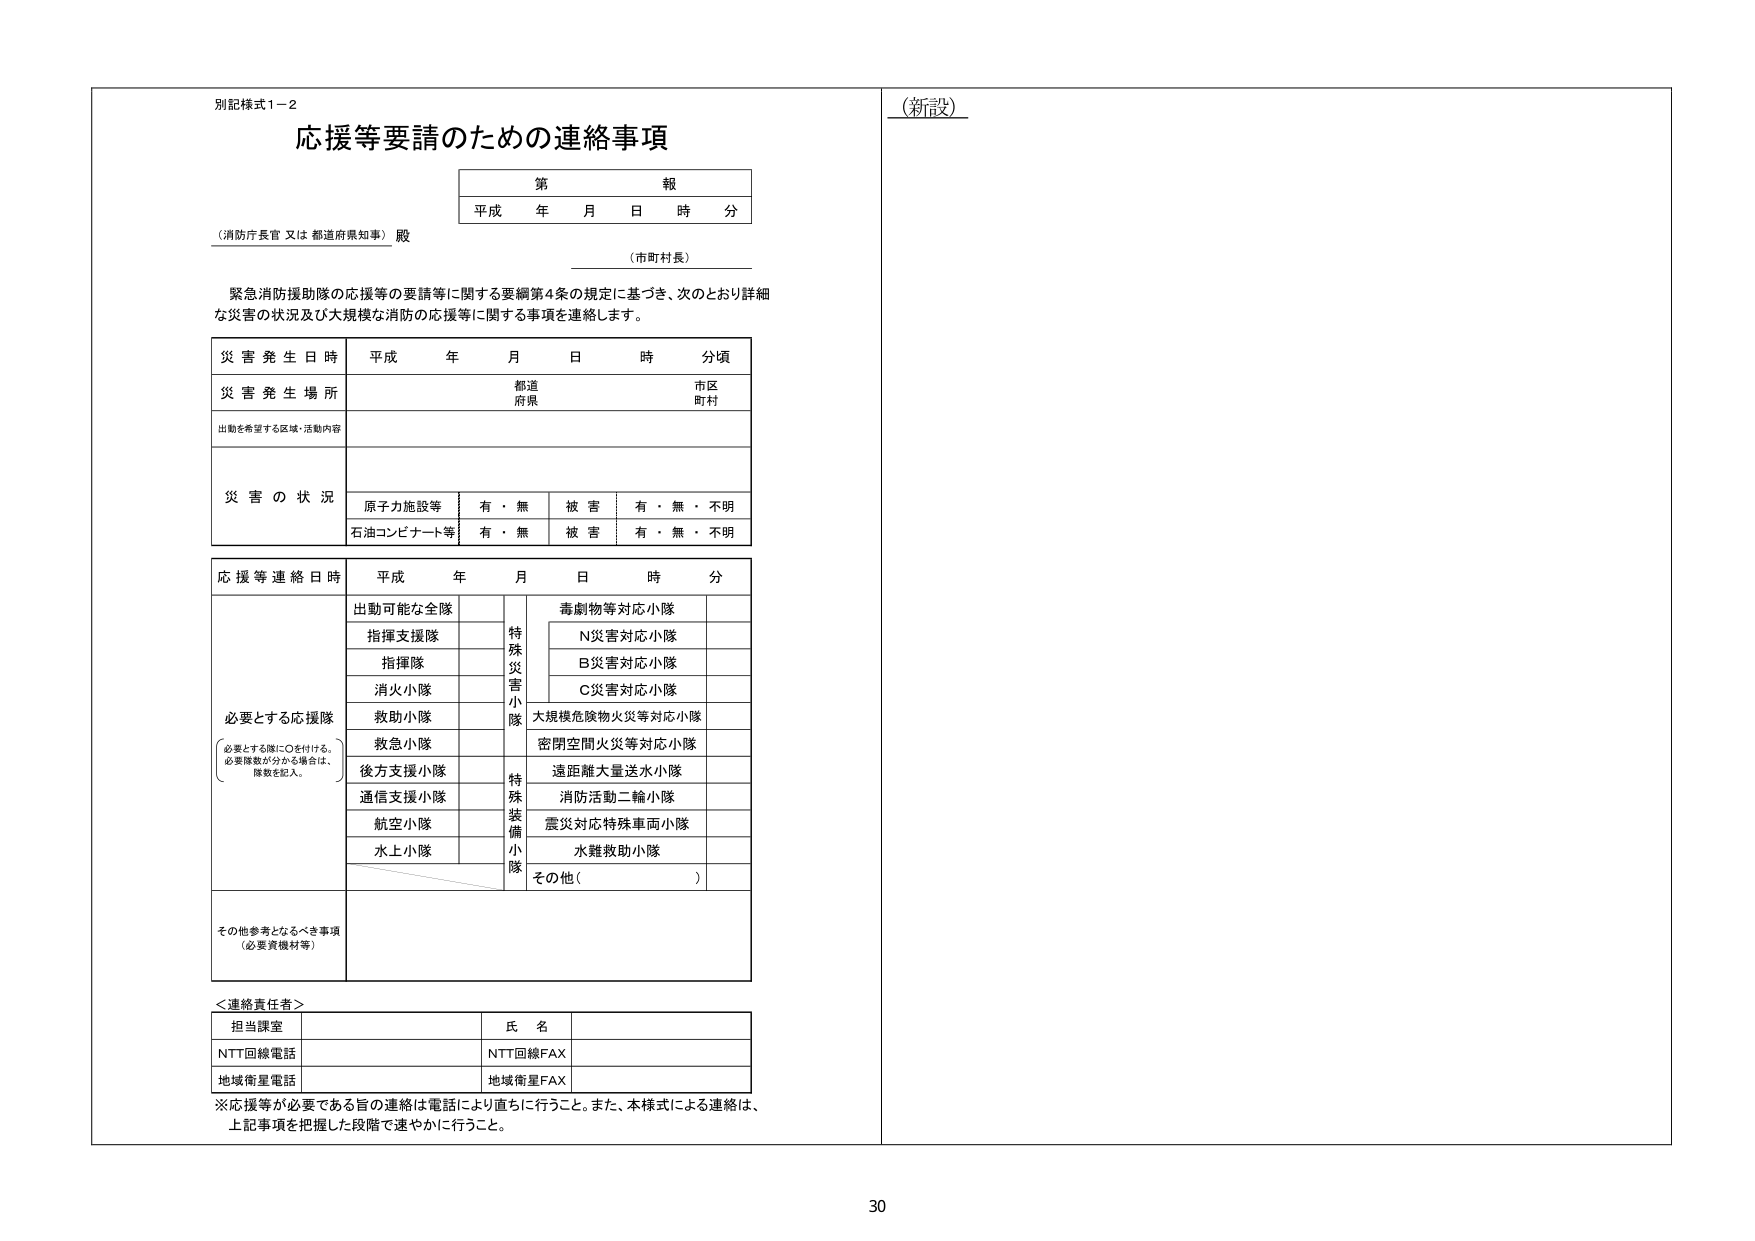
別記様式1－2
応援等要請のための連絡事項

第 報
平成 年 月 日 時 分

（消防庁長官 又は 都道府県知事） 殿
（市町村長）

緊急消防援助隊の応援等の要請等に関する要綱第4条の規定に基づき、次のとおり詳細な災害の状況及び大規模な消防の応援等に関する事項を連絡します。

災害発生日時 平成 年 月 日 時 分頃
災害発生場所 都道 市区
　　　　　　　府県 町村
出動を希望する区域・活動内容

災害の状況
原子力施設等 有・無 被害 有・無・不明
石油コンビナート等 有・無 被害 有・無・不明

応援等連絡日時 平成 年 月 日 時 分

必要とする応援隊
（必要とする隊に○を付ける。
必要隊数が分かる場合は、
隊数を記入。）

出動可能な全隊
　指導支援隊
　指揮隊
　消火小隊
　救助小隊
　救急小隊
　後方支援小隊
　通信支援小隊
　航空小隊
　水上小隊

特殊災害小隊
　毒劇物等対応小隊
　　N災害対応小隊
　　B災害対応小隊
　　C災害対応小隊
　大規模危険物火災等対応小隊
　密閉空間火災等対応小隊

特殊装備小隊
　遠距離大量送水小隊
　消防活動二輪小隊
　震災対応特殊車両小隊
　水難救助小隊
　その他（　　　　　　）

その他参考となるべき事項
（必要資機材等）

＜連絡責任者＞
担当課室　　　　　　　　　　　　　氏名
NTT回線電話　　　　　　　　　　　　NTT回線FAX
地域衛星電話　　　　　　　　　　　　地域衛星FAX

※応援等が必要である旨の連絡は電話により直ちに行うこと。また、本様式による連絡は、
上記事項を把握した段階で速やかに行うこと。

（新設）

30